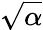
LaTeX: \sqrt{\alpha}